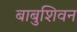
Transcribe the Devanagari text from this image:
बाबुशिवन